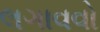
લગાવવો